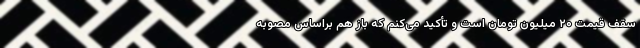
سقف قیمت ۲۰ میلیون تومان است و تأکید می‌کنم که باز هم براساس مصوبه